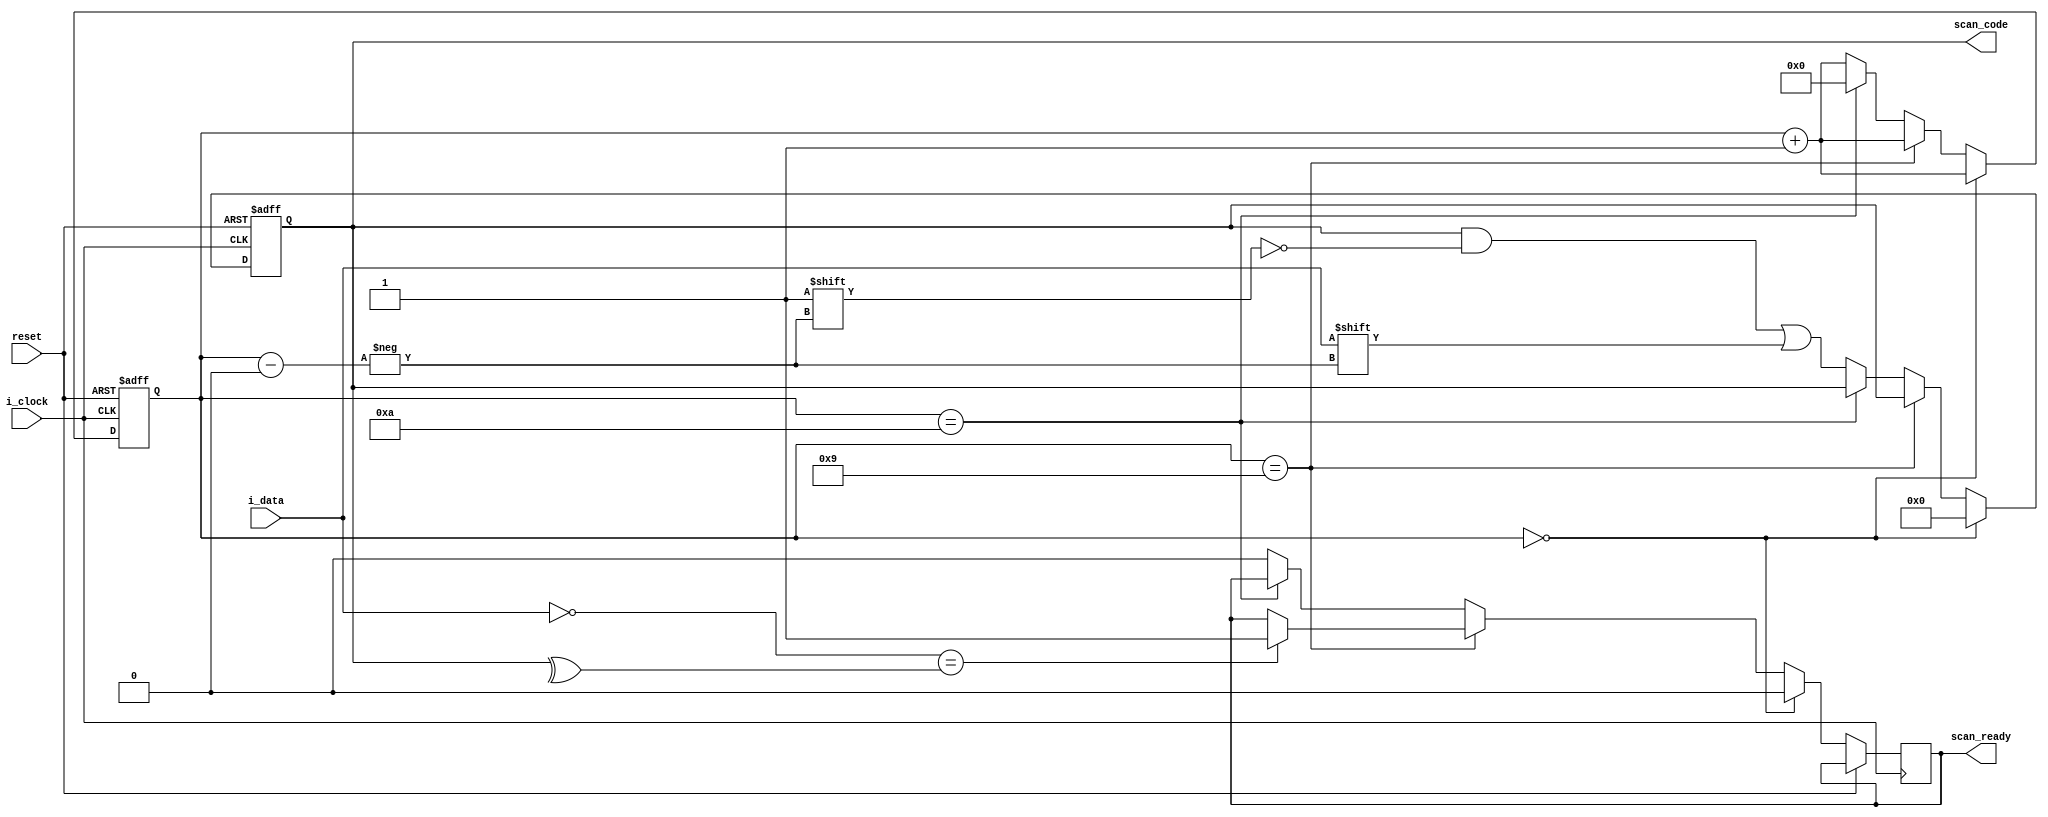
module ps2controller (
    input reset,
    input i_clock,
    input i_data,
    output scan_ready,
    output [7:0] scan_code
);


    reg [7:0] r_scan_code;
    reg [3:0] counter;
    reg ready;


    assign scan_code = r_scan_code;
    assign scan_ready = ready;
    
    // Read the ps2 data.
    always @(negedge i_clock or posedge reset) begin
        if (reset) begin 
            r_scan_code = 8'b0;
            counter = 4'd0;
        end else begin
        
            if (counter == 4'd0) begin
                // 1 start bit.  This is always 0.
                ready = 1'b0;
                r_scan_code = 8'b0;
                counter = counter + 4'd1;
            end else if (counter == 4'd9) begin
                // 1 parity bit (odd parity).
                if (!i_data == ^r_scan_code) begin 
                    ready = 1'b1;
                end
                counter = counter + 4'd1;
            end else if (counter == 4'd10) begin
                // 1 stop bit.  This is always 1.
                counter = 4'd0;
            end else begin
                // 8 data bits, least significant bit first.
                r_scan_code[counter] = i_data;
                counter = counter + 4'd1;
                ready = 1'b0;  
            end
            
        end
    end

    
endmodule